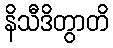
နိသီဒိတွာတိ